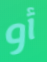
أو